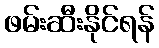
ဖမ်းဆီးနိုင်ရန်